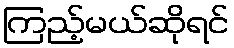
ကြည့်မယ်ဆိုရင်